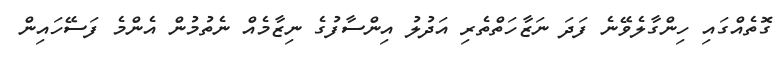
ގޮތެއްގައި ހިންގާލެވޭނެ ފަދަ ނަޒާހަތްތެރި އަދުލު އިންސާފުގެ ނިޒާމެއް ނެތުމުން އެންމެ ފަސޭހައިން